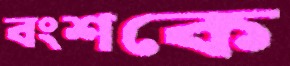
বংশকে